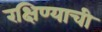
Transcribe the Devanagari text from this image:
रक्षिण्याची